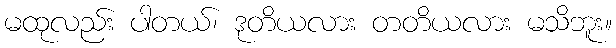
မထုလည်း ပါတယ်၊ ဒုတိယလား တတိယလား မသိဘူး။